Document type: Emphyteutic lease
Year: 1276
Scribe: Pere de Roca
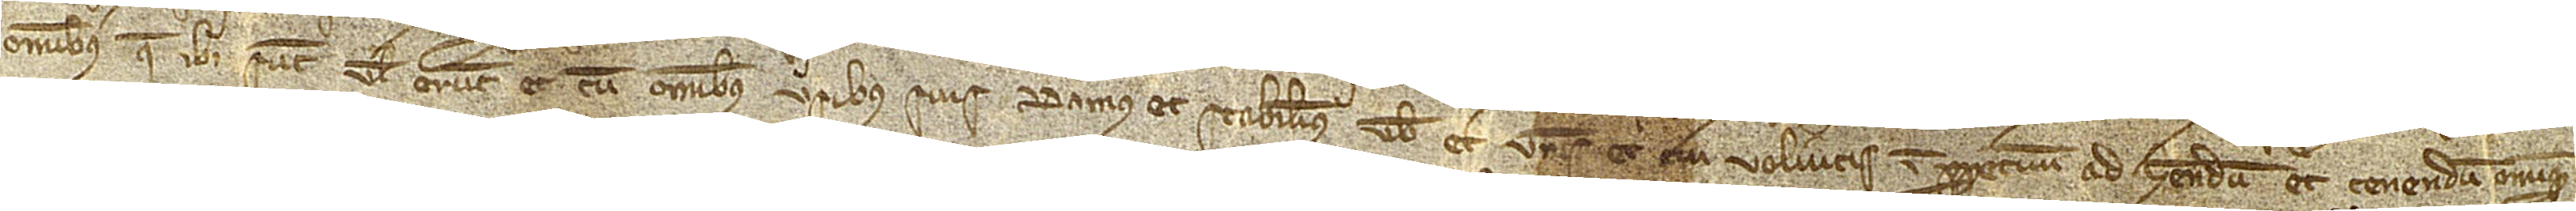
omnibus que ibi sunt vel erunt, et cum omnibus usibus suis, damus et stabilimus vobis et vestris et cui volueritis in perpetuum ad habendum et tenendum omnique